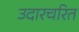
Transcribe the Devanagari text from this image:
उदारचरित